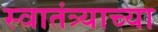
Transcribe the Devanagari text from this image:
स्‍वातंत्र्याच्‍या